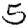
Digit: 5